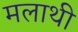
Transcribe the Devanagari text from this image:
मलाथी